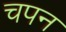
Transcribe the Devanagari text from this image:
चपन